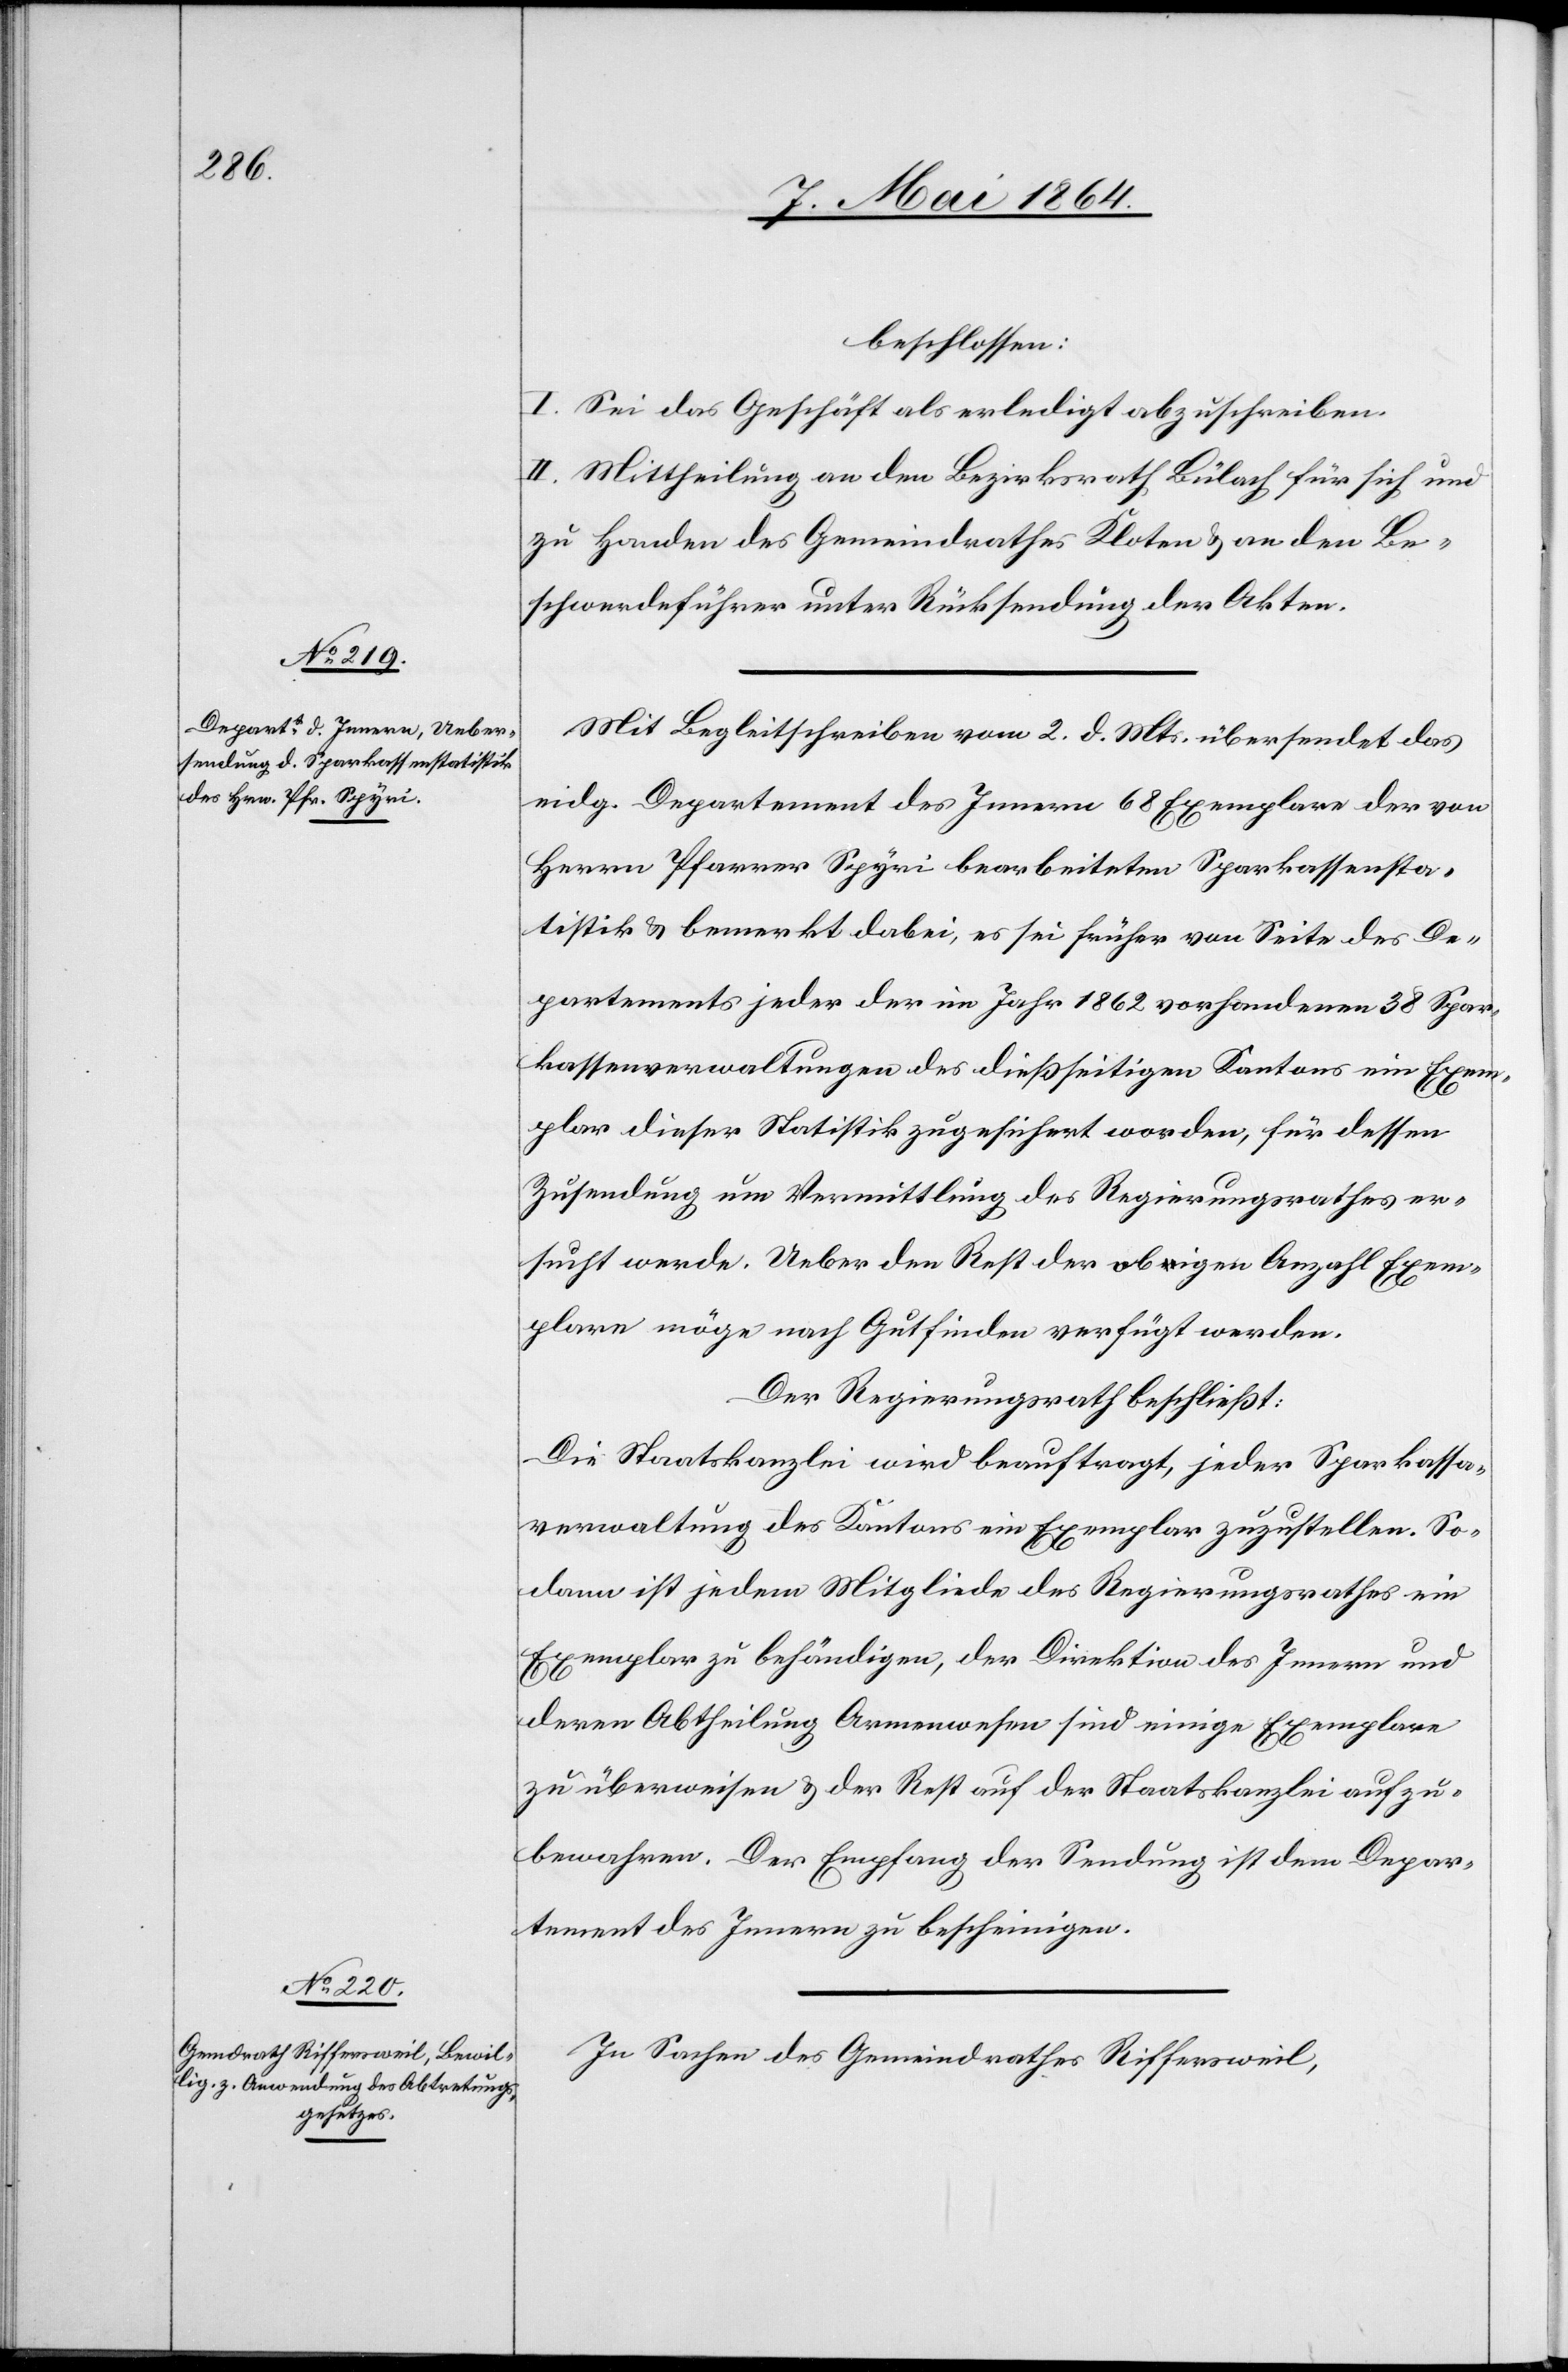
beschlossen:
I. Sei das Geschäft als erledigt abzuschreiben.
II. Mittheilung an den Bezirksrath Bülach für sich und
zu Handen des Gemeindrathes Kloten u. an den Be¬
schwerdeführer unter Rücksendung der Akten.
Mit Begleitschreiben vom 2. d. Mts. übersendet das
eidg. Departement des Innern 68 Exemplare der von
Herrn Pfarrer Spyri bearbeiteten Sparkassensta¬
tistik u. bemerkt dabei, es sei früher von Seite des De¬
partements jeder der im Jahr 1862 vorhandenen 38 Spar¬
kassenverwaltungen des dießseitigen Kanton sein Exem¬
plar dieser Statistik zugesichert worden, für dessen
Zusendung um Vermittlung des Regierungsrathes er¬
sucht werde. Ueber den Rest der obigen Anzahl Exem¬
plare möge nach Gutfinden verfügt werden.
Der Regierungsrath beschließt:
Die Staatskanzlei wird beauftragt, jeder Sparkassa¬
verwaltung des Kantons ein Exemplar zuzustellen. So¬
dann ist jedem Mitgliede des Regierungsrathes ein
Exemplar zu behändigen, der Direktion des Innern und
deren Abtheilung Armenswesen sind einige Exemplare
zu überweisen u. der Rest auf der Staatskanzlei aufzu¬
bewahren. Der Empfang der Sendung ist dem Depar¬
tement des Innern zu bescheinigen.
In Sachen des Gemeindrathes Riffersweil,